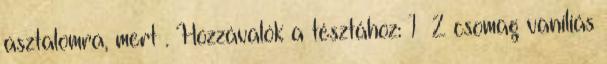
asztalomra, mert . Hozzávalók a tésztához: 1 2 csomag vaníliás